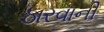
ઠારવાની